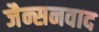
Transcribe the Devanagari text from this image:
जैन्सनवाद